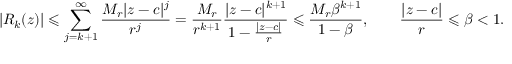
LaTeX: | R _ { k } ( z ) | \leqslant \sum _ { j = k + 1 } ^ { \infty } { \frac { M _ { r } | z - c | ^ { j } } { r ^ { j } } } = { \frac { M _ { r } } { r ^ { k + 1 } } } { \frac { | z - c | ^ { k + 1 } } { 1 - { \frac { | z - c | } { r } } } } \leqslant { \frac { M _ { r } \beta ^ { k + 1 } } { 1 - \beta } } , \qquad { \frac { | z - c | } { r } } \leqslant \beta < 1 .